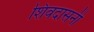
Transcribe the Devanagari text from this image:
शिवदासनी